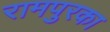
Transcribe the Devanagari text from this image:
रामपुरका